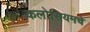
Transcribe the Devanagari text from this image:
कलोसियमचे